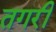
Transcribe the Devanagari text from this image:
तगरी